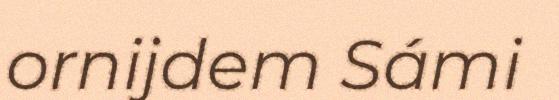
ornijdem Sámi